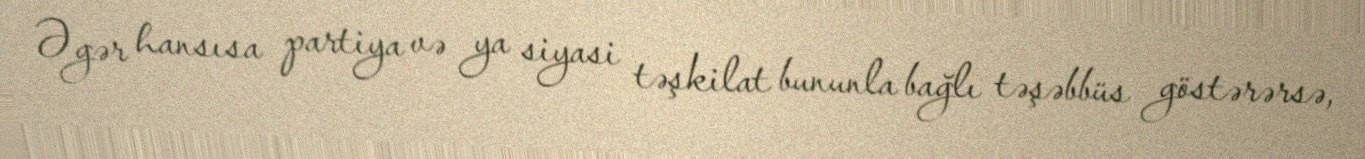
Əgər hansısa partiya və ya siyasi təşkilat bununla bağlı təşəbbüs göstərərsə,